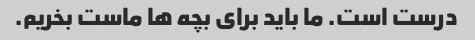
درست است. ما باید برای بچه ها ماست بخریم.